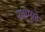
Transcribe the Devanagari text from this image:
मधामुळे